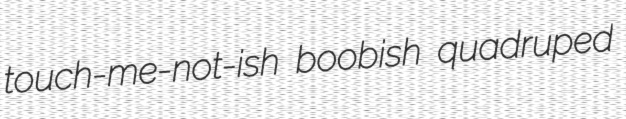
touch-me-not-ish boobish quadruped